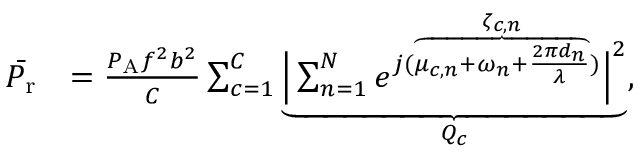
\begin{array} { r l } { \Bar { P _ { \mathrm { r } } } } & { = \frac { P _ { \mathrm { A } } f ^ { 2 } b ^ { 2 } } { C } \sum _ { c = 1 } ^ { C } \underbrace { \Big | \sum _ { n = 1 } ^ { N } e ^ { j ( \overbrace { \mu _ { c , n } + \omega _ { n } + \frac { 2 \pi d _ { n } } { \lambda } } ^ { \zeta _ { c , n } } ) } \Big | ^ { 2 } } _ { Q _ { c } } , } \end{array}